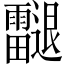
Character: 𨙝